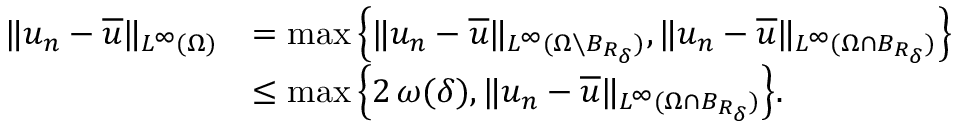
\begin{array} { r l } { \| u _ { n } - \overline { { u } } \| _ { L ^ { \infty } ( \Omega ) } } & { = \operatorname* { m a x } \Big \{ \| u _ { n } - \overline { { u } } \| _ { L ^ { \infty } ( \Omega \setminus B _ { R _ { \delta } } ) } , \| u _ { n } - \overline { { u } } \| _ { L ^ { \infty } ( \Omega \cap B _ { R _ { \delta } } ) } \Big \} } \\ & { \le \operatorname* { m a x } \Big \{ 2 \, \omega ( \delta ) , \| u _ { n } - \overline { { u } } \| _ { L ^ { \infty } ( \Omega \cap B _ { R _ { \delta } } ) } \Big \} . } \end{array}